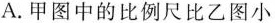
A.甲图中的比例尺比乙图小